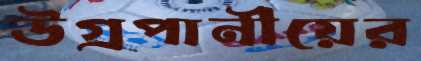
উগ্রপানীয়ের